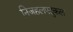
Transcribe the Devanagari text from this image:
निजहलपदुकल